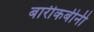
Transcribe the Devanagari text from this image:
बारीकबीनी